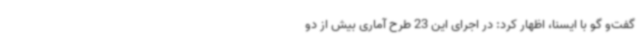
گفت‌و گو با ایسنا، اظهار کرد: در اجرای این 23 طرح آماری بیش از دو